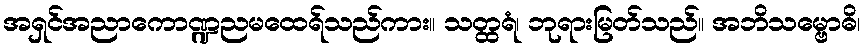
အရှင်အညာကောဏ္ဍညမထေရ်သည်ကား။ သတ္ထရံ၊ ဘုရားမြတ်သည်။ အဘိသမ္ဗောဓိ၊